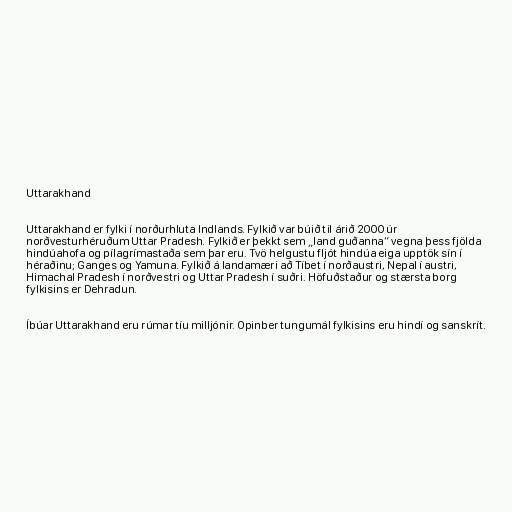
Uttarakhand

Uttarakhand er fylki í norðurhluta Indlands. Fylkið var búið til árið 2000 úr
norðvesturhéruðum Uttar Pradesh. Fylkið er þekkt sem „land guðanna“ vegna þess fjölda
hindúahofa og pílagrímastaða sem þar eru. Tvö helgustu fljót hindúa eiga upptök sín í
héraðinu; Ganges og Yamuna. Fylkið á landamæri að Tíbet í norðaustri, Nepal í austri,
Himachal Pradesh í norðvestri og Uttar Pradesh í suðri. Höfuðstaður og stærsta borg
fylkisins er Dehradun.

Íbúar Uttarakhand eru rúmar tíu milljónir. Opinber tungumál fylkisins eru hindí og sanskrít.